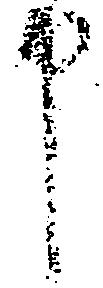
申